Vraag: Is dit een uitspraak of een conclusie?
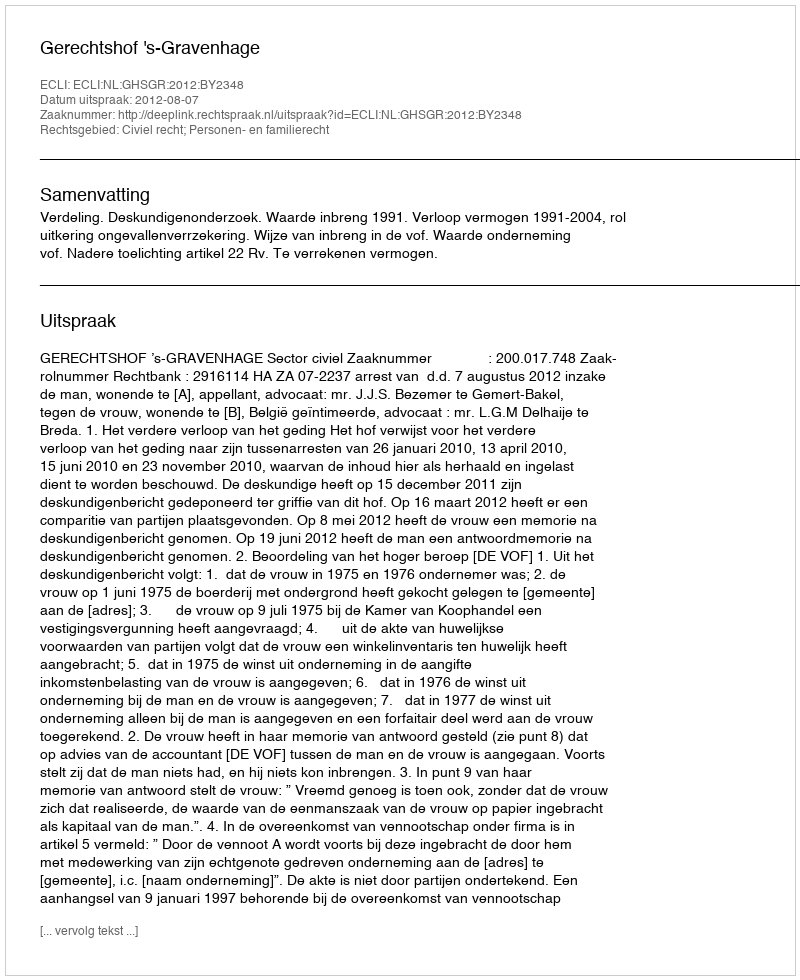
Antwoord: Uitspraak